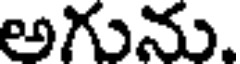
అగును.